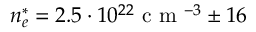
n _ { e } ^ { * } = 2 . 5 \cdot 1 0 ^ { 2 2 } \mathrm { ~ c ~ m ~ } ^ { - 3 } \pm 1 6 \